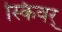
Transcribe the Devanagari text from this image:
स्किवर्